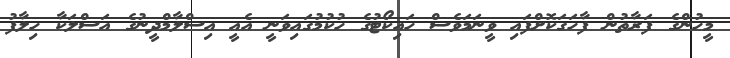
މީހުންގެ ފަރާތުން ފާހަގަކޮށްފައި ވީނަމަވެސް ހައިކޯޓުގެ ހުކުމުގައިވަނީ އެއީ އިސްލާމްދީނުގެ އަސްލަކާ ހިލާފު